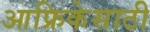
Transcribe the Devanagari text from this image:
आफ्रिकेसाठी